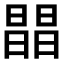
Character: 𣊫